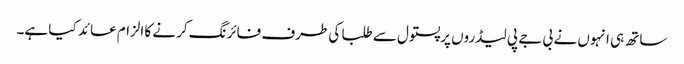
ساتھ ہی انہوں نے بی جے پی لیڈروں پرپستول سے طلبا کی طرف فائرنگ کرنے کا الزام عائد کیا ہے۔